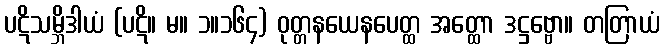
ပဋိသမ္ဘိဒါယံ (ပဋိ။ မ။ ၁။၁၆၄) ဝုတ္တနယေနပေတ္ထ အတ္ထော ဒဋ္ဌဗ္ဗော။ တတြာယံ